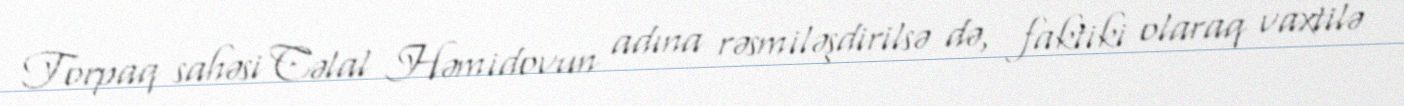
Torpaq sahəsi Cəlal Həmidovun adına rəsmiləşdirilsə də, faktiki olaraq vaxtilə